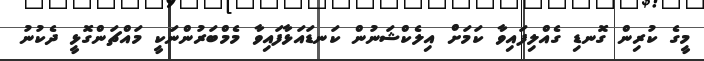
މީގެ ކުރިން ގޮނޑި ގެއްލިފައިވާ ކަމަށް އިލެކްޝަނުން ކަނޑައަޅާފައިވާ މެމްބަރުންނަކީ މައްޗަންގޮޅީ ދެކުނު